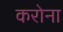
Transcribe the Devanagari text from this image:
करोना